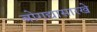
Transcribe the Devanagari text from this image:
बोगद्यासारखे